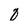
Character: 0